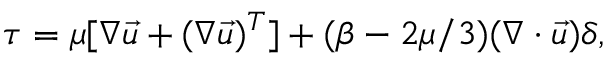
\tau = { \mu } [ \nabla \vec { u } + ( \nabla \vec { u } ) ^ { T } ] + ( \beta - 2 \mu / 3 ) ( \nabla \cdot \vec { u } ) \delta ,